Report of the King Institute of Preventive Medicine, Guindy
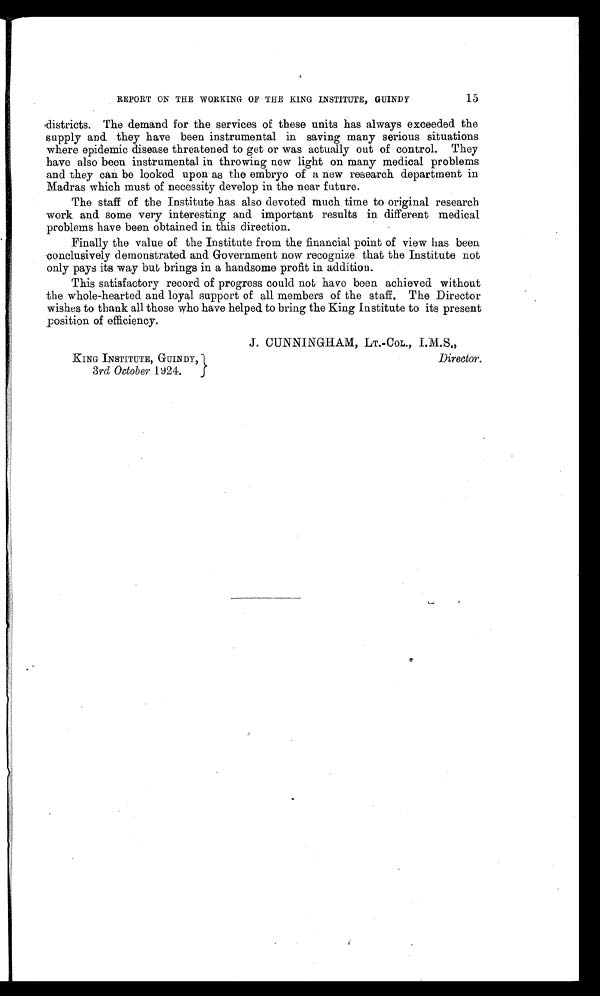
15
REPORT ON THE WORKING OF THE KING INSTITUTE, GUINDY
districts. The demand for the services of these units has always exceeded the
supply and they have been instrumental in saving many serious situations
where epidemic disease threatened to get or was actually out of control. They
have also been instrumental in throwing new light on many medical problems
and they can be looked upon as the embryo of a new research department in
Madras which must of necessity develop in the near future.
The staff of the Institute has also devoted much time to original research
work and some very interesting and important results in different medical
problems have been obtained in this direction.
Finally the value of the Institute from the financial point of view has been
conclusively demonstrated and Government now recognize that the Institute not
only pays its way but brings in a handsome profit in addition.
This satisfactory record of progress could not have been achieved without
the whole-hearted and loyal support of all members of the staff. The Director
wishes to thank all those who have helped to bring the King Institute to its present
position of efficiency.
KING INSTITUTE, GUINDY,
3rd October 1924.
J. CUNNINGHAM, LT.-CoL., I.M.S.,
Director.